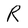
Character: R